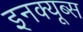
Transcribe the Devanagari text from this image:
इनक्यूब्स